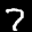
Label: 7